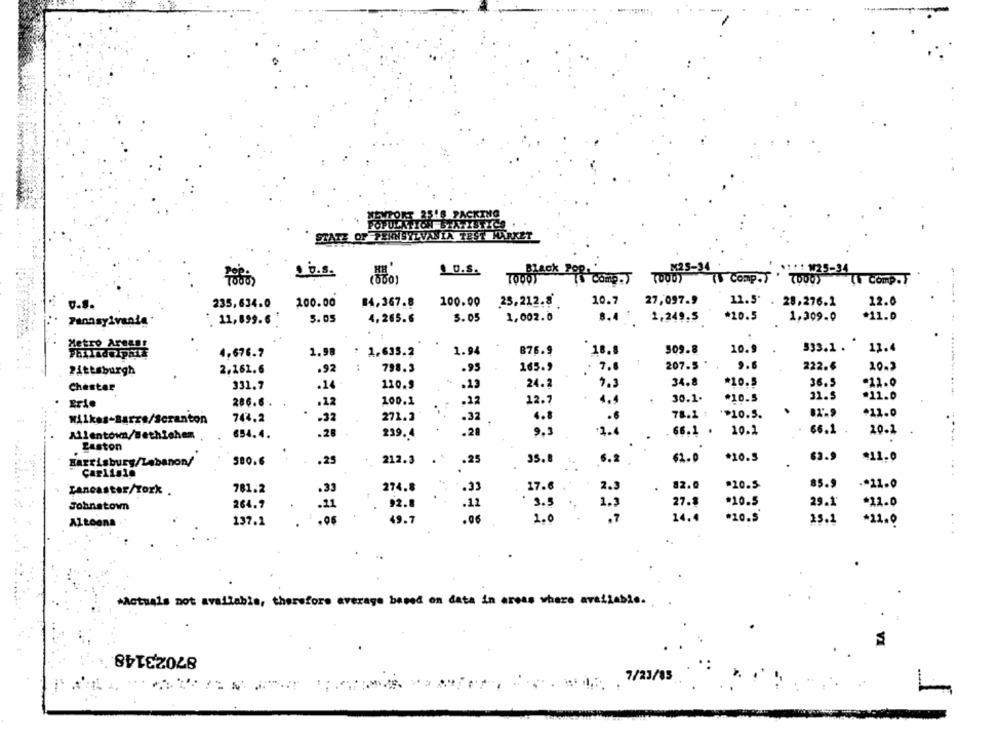
NEWPORT 2518 PACKING
POPULATION BEATYSTICS
STATE OF PENNSYLVANIA TEST MARKET
0.S.
10.S.
:W25-34
TOBLACK POR Comp.T
TOOD ( Comp.T'
7000)
Tu Comp.T
0.8.
235,634.0
100.00
14,367.8
100.00
25,212.8
10.7
27,097.9
12.5' . 28,276.1
12.0
. 11,899.6
5.05
4,265.6
5.05
1,002.0
8.4'
1,249.5
*20.5
1.309.0
*11.0
Pennsylvania
333.1 . *
12.4
4.676.7
1.98
1.635.2
1.94
B76.9
18.8
309.8
10. $
Pittsburgh
2,161.6
.92
:
798.3
.95
165.9
. 7.8
207.5
9.6
222.4
10.2
331.7
.14
120.9
.13
24.2
7.3
34.8
*10.5
36.5
-12.0
Chester
.22
12.
4.4
30.1.
*10.5
31.5
*11.0
Erie
286.6 .
.12
100.1
.
4.8
78.1 :
** 10.5.
.
*12.0
Wilkes-Barrs/Scranton
743.2
.32
271.3
.32
.28
1.4
66.1
20.1
Allentown/Bethlehem
654.4.
.28
239.4
9.3
. 66.1 .
10.2
.
gaston
Harrisburg/Lebanon/
580.6
.25
212.3
.25
35.8
6.2
62.0
*10.5
63.9
#11.0
."
85.9
Lancaster/York .
781.2
.33
274.8
-. 33
17.6
2.3
82.0
.20.5
*11.0
264.7
92.8
3.5
27.8
*10.5
29.1
*12.0
Johnstown
.21
.12
.06
49.7
.06
2.0
.7
14.4
*10.5
15.1
Altoona
137.2
+12.0
.
*Actuais not available, therefore average based on data in areas where available.
87023148
7/23/85